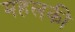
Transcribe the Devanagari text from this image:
महलकी